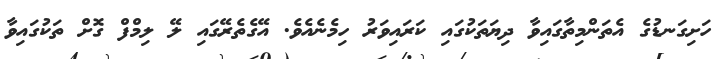
ހަށިގަނޑުގެ އެތަންމިތާގައިވާ ދިޔަތަކުގައި ކަރައިވަރު ހިމެނެއެވެ. އޭގެތެރޭގައި ލޭ ލިމްފް ގޮށް ތަކުގައިވާ